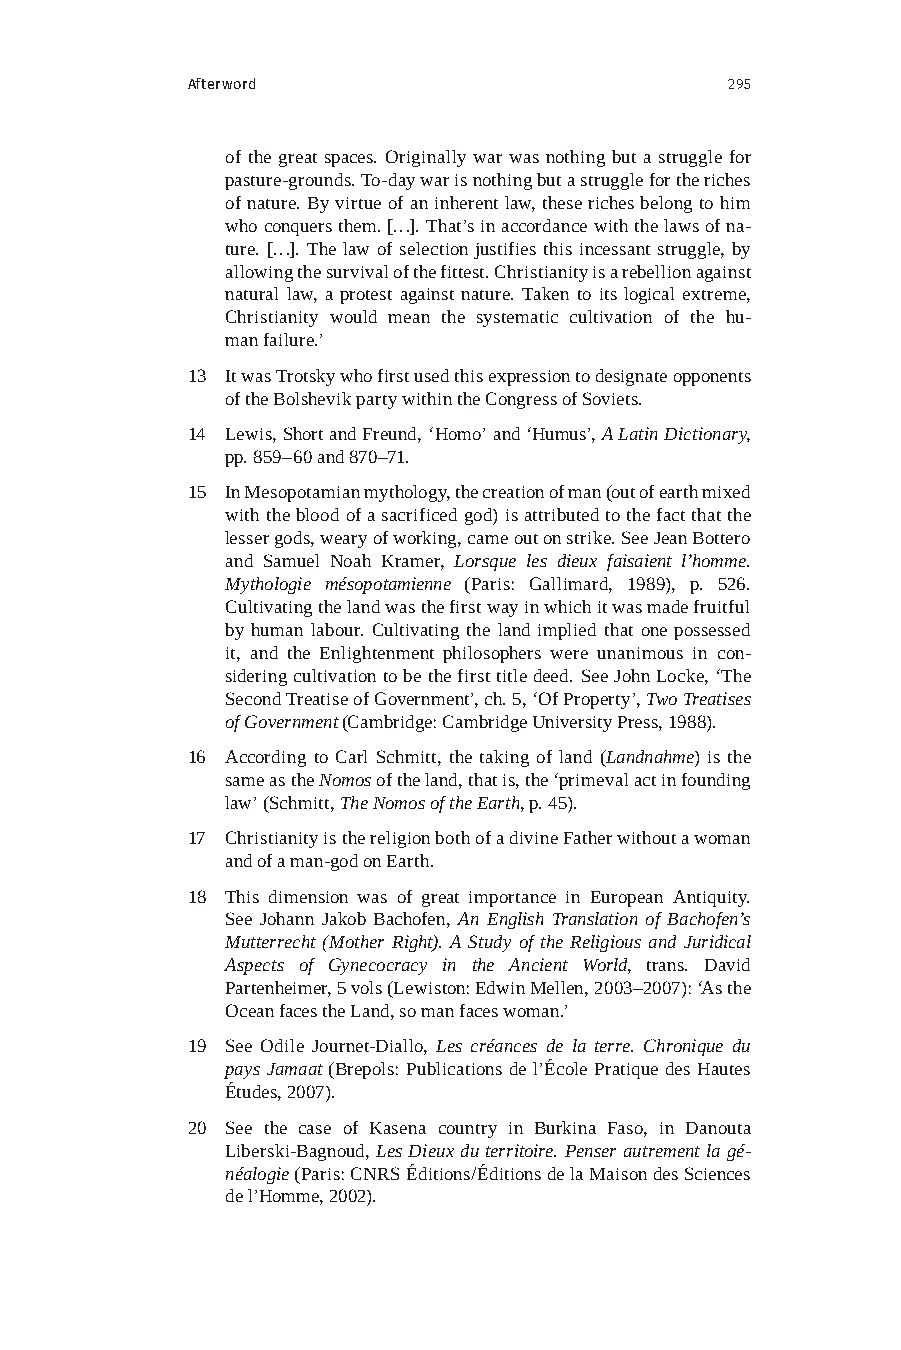
Afterword                           295
 of the great spaces. Originally war was nothing but a struggle for
 pasture-grounds. To-day war is nothing but a struggle for the riches
 of nature. By virtue of an inherent law, these riches belong to him
 who conquers them. […]. That’s in accordance with the laws of na-
 ture. […]. The law of selection justifies this incessant struggle, by
 allowing the survival of the fittest. Christianity is a rebellion against
 natural law, a protest against nature. Taken to its logical extreme,
 Christianity would mean the systematic cultivation of the hu-
 man failure.’
 13 It was Trotsky who first used this expression to designate opponents
 of the Bolshevik party within the Congress of Soviets.
 14 Lewis, Short and Freund, ‘Homo’ and ‘Humus’, A Latin Dictionary,
 pp. 859–60 and 870–71.
 15 In Mesopotamian mythology, the creation of man (out of earth mixed
 with the blood of a sacrificed god) is attributed to the fact that the
 lesser gods, weary of working, came out on strike. See Jean Bottero
 and Samuel Noah Kramer, Lorsque les dieux faisaient l’homme.
 Mythologie mésopotamienne (Paris: Gallimard, 1989), p. 526.
 Cultivating the land was the first way in which it was made fruitful
 by human labour. Cultivating the land implied that one possessed
 it, and the Enlightenment philosophers were unanimous in con-
 sidering cultivation to be the first title deed. See John Locke, ‘The
 Second Treatise of Government’, ch. 5, ‘Of Property’, Two Treatises
 of Government (Cambridge: Cambridge University Press, 1988).
 16 According to Carl Schmitt, the taking of land (Landnahme) is the
 same as the Nomos of the land, that is, the ‘primeval act in founding
 law’ (Schmitt, The Nomos of the Earth, p. 45).
 17 Christianity is the religion both of a divine Father without a woman
 and of a man-god on Earth.
 18 This dimension was of great importance in European Antiquity.
 See Johann Jakob Bachofen, An English Translation of Bachofen’s
 Mutterrecht (Mother Right). A Study of the Religious and Juridical
 Aspects of Gynecocracy in the Ancient World, trans. David
 Partenheimer, 5 vols (Lewiston: Edwin Mellen, 2003–2007): ‘As the
 Ocean faces the Land, so man faces woman.’
 19 See Odile Journet-Diallo, Les créances de la terre. Chronique du
 pays Jamaat (Brepols: Publications de l’École Pratique des Hautes
 Études, 2007).
 20 See the case of Kasena country in Burkina Faso, in Danouta
 Liberski-Bagnoud, Les Dieux du territoire. Penser autrement la gé-
 néalogie (Paris: CNRS Éditions/Éditions de la Maison des Sciences
 de l’Homme, 2002).